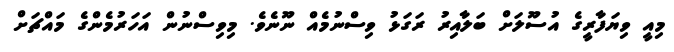
މިއީ ވިޔަފާރީގެ އުސޫލަށް ބަލާއިރު ރަގަޅު ވިސްނުމެއް ނޫނެވެ. މިވިސްނުން އަހަރުމެންގެ މައްޗަށް